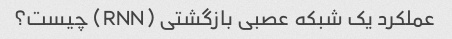
عملکرد یک شبکه عصبی بازگشتی (RNN) چیست؟